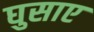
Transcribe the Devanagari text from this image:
घुसाए